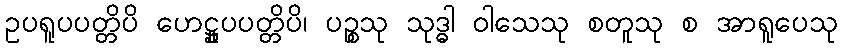
ဥပရူပပတ္တိပိ ဟေဋ္ဌူပပတ္တိပိ၊ ပဉ္စသု သုဒ္ဓါ ဝါသေသု စတူသု စ အာရူပေသု